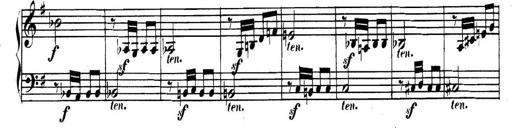
Title: Collected Piano Sonatas
Composer: Muzio Clementi